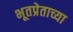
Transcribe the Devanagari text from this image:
भूतप्रेताच्या